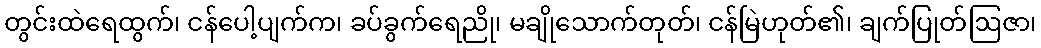
တွင်းထဲရေထွက်၊ ငန်ပေါ့ပျက်က၊ ခပ်ခွက်ရေညို၊ မချိုသောက်တုတ်၊ ငန်မြဲဟုတ်၏၊ ချက်ပြုတ်ဩဇာ၊